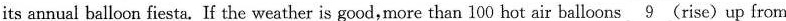
its annual balloon fiesta, If the weather is good,more than 100 hot air balloons \underline{9} (rise) up from